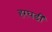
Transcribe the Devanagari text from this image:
हरघडी